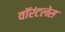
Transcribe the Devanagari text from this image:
वॉरंटलेस